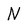
Character: N